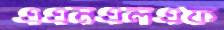
এএনএলএফ